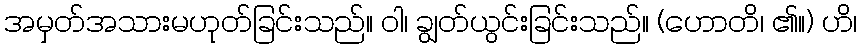
အမှတ်အသားမဟုတ်ခြင်းသည်။ ဝါ၊ ချွတ်ယွင်းခြင်းသည်။ (ဟောတိ၊ ၏။) ဟိ၊